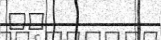
٨٩